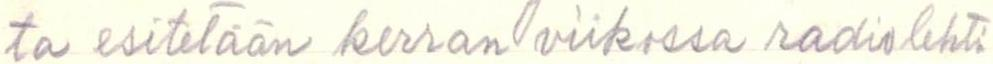
ta esitetään kerran viikossa radiolehti